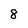
Character: 8